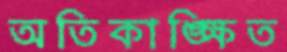
অতিকাঙ্ক্ষিত